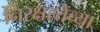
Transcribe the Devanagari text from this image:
निरक्षरतेच्या